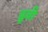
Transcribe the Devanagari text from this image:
डूवी